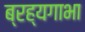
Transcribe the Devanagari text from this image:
ब्रह्यगाभा